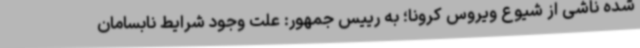
شده ناشی از شیوع ویروس کرونا؛ به رییس جمهور: علت وجود شرایط نابسامان